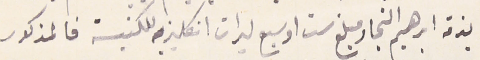
بذمة ابراهيم النجار مبلغ ست او سبع ليرات انكليزيه للكنيسة فالمذكور